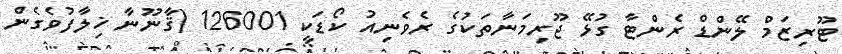
ޓޫރިޒަމް ލޭންޑް ރެންޓާ ގުޅޭ ޖޫރިމަނާތަކުގެ ރެވެނިއު ކޯޑަކީ 126001 (ޤާނޫނާ ޚިލާފުވެގެން